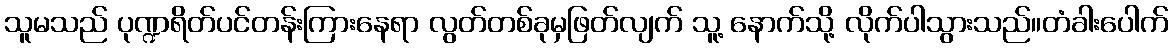
သူမသည် ပုဏ္ဍရိတ်ပင်တန်းကြားနေရာ လွတ်တစ်ခုမှဖြတ်လျက် သူ့ နောက်သို့ လိုက်ပါသွားသည်။တံခါးပေါက်